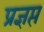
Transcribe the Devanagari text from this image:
प्रज्ञप्त